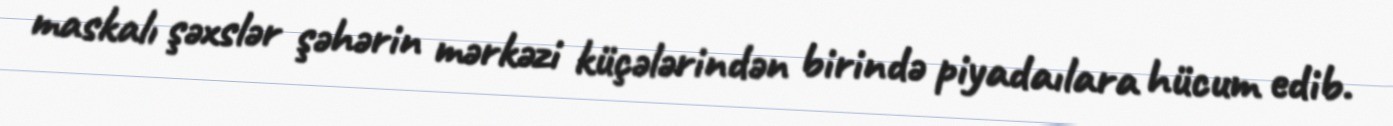
maskalı şəxslər şəhərin mərkəzi küçələrindən birində piyadaılara hücum edib.